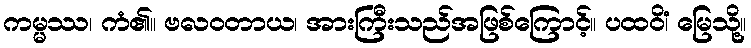
ကမ္မဿ၊ ကံ၏။ ဗလဝတာယ၊ အားကြီးသည်အဖြစ်ကြောင့်။ ပထဝိံ၊ မြေသို့။